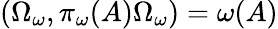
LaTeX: \left(\Omega_{\omega},\pi_{\omega}(A)\Omega_{\omega}\right)=\omega(A)